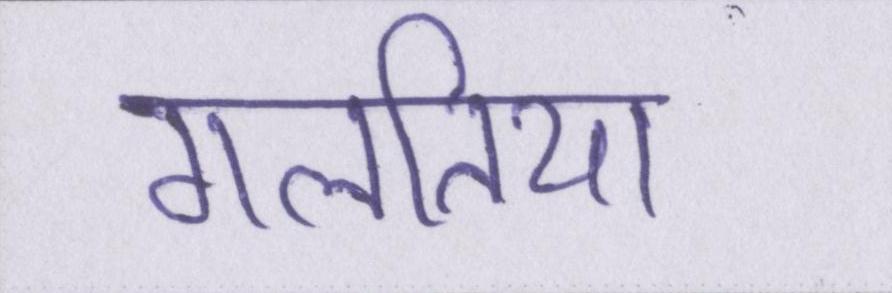
गलतिया